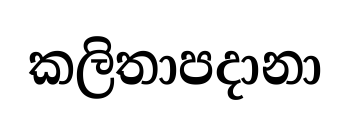
කලිතාපදානා